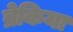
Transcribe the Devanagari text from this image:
ब्रेकिया